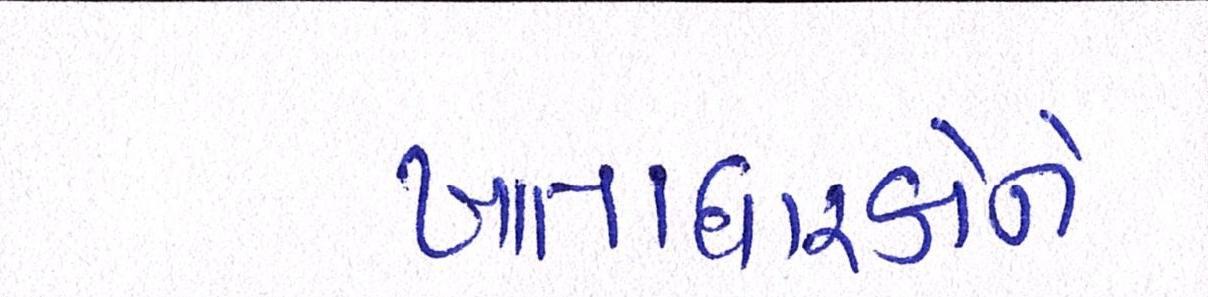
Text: ખાતાધારકોને